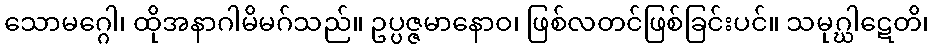
သောမဂ္ဂေါ၊ ထိုအနာဂါမိမဂ်သည်။ ဥပ္ပဇ္ဇမာနောဝ၊ ဖြစ်လတင်ဖြစ်ခြင်းပင်။ သမုဂ္ဃါဋေတိ၊